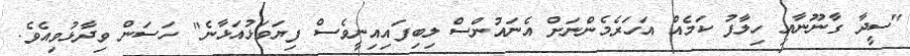
"ސީދާ ގާނޫނާއި ހިލާފު ކަމެއް އަހަރެމެންނަށް އެނައުންސް ލިބިފައިއިނީވެސް ފިޔަވަޅުއަޅާނެ" ހަސަން ވިދާޅުވިއެވެ.